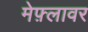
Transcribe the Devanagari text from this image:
मेफ़्लावर